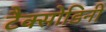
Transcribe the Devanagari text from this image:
टैक्सोडिनी